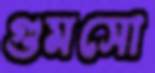
গুমসো